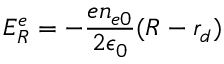
E _ { R } ^ { e } = - \frac { e n _ { e 0 } } { 2 \epsilon _ { 0 } } ( R - r _ { d } )